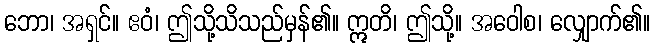
ဘော၊ အရှင်။ ဧဝံ၊ ဤသို့သိသည်မှန်၏။ ဣတိ၊ ဤသို့။ အဝေါစ၊ လျှောက်၏။